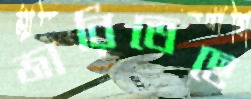
জারিতেছে